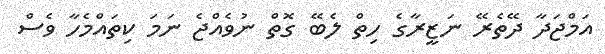
އަމްޖަދާ ދޭތެރޭ ނަޒީރާގެ ހިތް ލެބޭ ގޮތް ނުވެއްޖެ ނަމަ ކިތައްމެހާ ވެސް